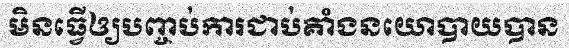
មិនធ្វើឲ្យបញ្ចប់ការជាប់គាំងនយោបាយបាន